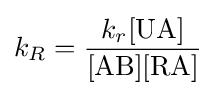
k_{R}={\frac {k_{r}[{\mathrm {UA} }]}{[\mathrm {AB} ][\mathrm {RA} ]}}